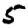
Digit: 5